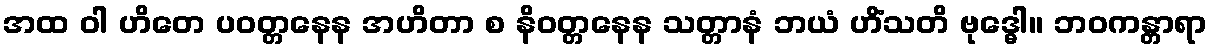
အထ ဝါ ဟိတေ ပဝတ္တနေန အဟိတာ စ နိဝတ္တနေန သတ္တာနံ ဘယံ ဟိံသတိ ဗုဒ္ဓေါ။ ဘဝကန္တာရာ